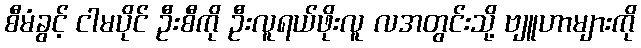
စီမံခွင့် ငါမပိုင် ဦးစီကို ဦးလူရယ်ဖိုးလူ လအတွင်းသို့ ဗျူဟာများကို